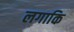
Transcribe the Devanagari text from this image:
लगाकि